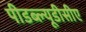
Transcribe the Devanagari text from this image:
पीडब्ल्यूडीसीए